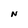
Character: N